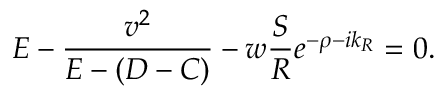
E - \frac { v ^ { 2 } } { E - ( D - C ) } - w \frac { S } { R } e ^ { - \rho - i k _ { R } } = 0 .